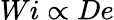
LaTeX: Wi\propto De